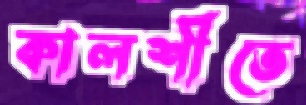
কালশীতে